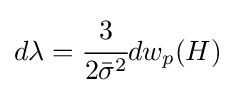
d{\lambda }={\cfrac {3}{2{\bar {\sigma }}^{2}}}dw_{p}(H)